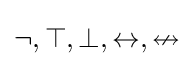
\neg ,\top ,\bot ,\leftrightarrow ,\nleftrightarrow